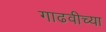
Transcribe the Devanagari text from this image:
गाढवीच्या